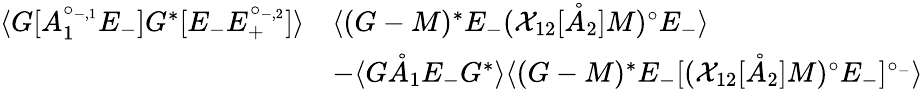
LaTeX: \begin{array}{rl}{\langle G[A_{1}^{\circ_{-,1}}E_{-}]G^{*}[E_{-}{E}_{+}^{\circ_{-,2}}]\rangle}&{\langle(G-M)^{*}E_{-}({\mathcal{X}}_{12}[\mathring{A}_{2}]M)^{\circ}E_{-}\rangle}\\ &{-\langle G\mathring{A}_{1}E_{-}G^{*}\rangle\langle(G-M)^{*}E_{-}[({\mathcal{X}}_{12}[\mathring{A}_{2}]M)^{\circ}E_{-}]^{\circ_{-}}\rangle}\end{array}